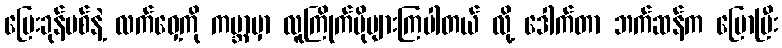
ပြေးခုန်ပစ်နဲ့ လက်ဝှေ့ကို ကမ္ဘာမှာ လူကြိုက်ပိုများကြပါတယ် လို့ ဒေါက်တာ ဘက်ဆန်က ပြောပြီး